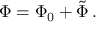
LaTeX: \Phi = \Phi _ { 0 } + \tilde { \Phi } \, .